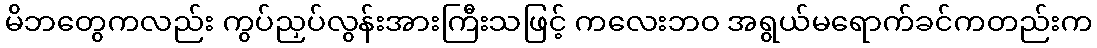
မိဘတွေကလည်း ကွပ်ညှပ်လွန်းအားကြီးသဖြင့် ကလေးဘဝ အရွယ်မရောက်ခင်ကတည်းက